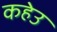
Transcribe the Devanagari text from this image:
कहेउ